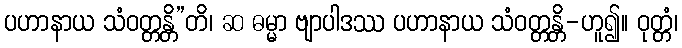
ပဟာနာယ သံဝတ္တန္တိ”တိ၊ ဆ ဓမ္မာ ဗျာပါဒဿ ပဟာနာယ သံဝတ္တန္တိ-ဟူ၍။ ဝုတ္တံ၊